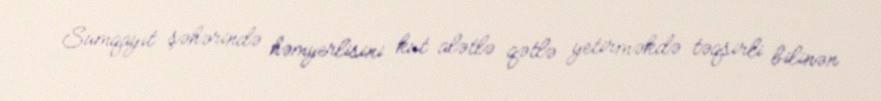
Sumqayıt şəhərində həmyerlisini küt alətlə qətlə yetirməkdə təqsirli bilinən